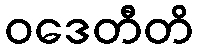
ဝဒေတီတိ